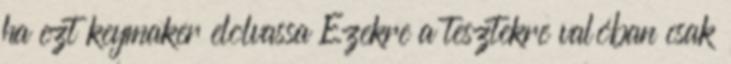
ha ezt keymaker elolvassa Ezekre a tesztekre valóban csak